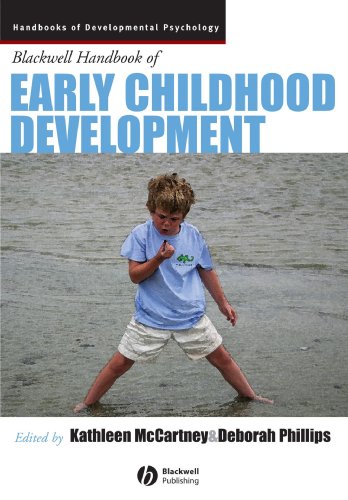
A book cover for Blackwell Handbook of Early Childhood Development; Medical Books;